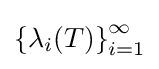
\left\{\lambda _{i}(T)\right\}_{i=1}^{\infty }